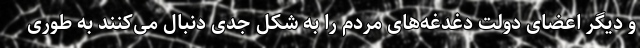
و دیگر اعضای دولت دغدغه‌های مردم را به شکل جدی دنبال می‌کنند به طوری